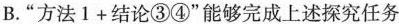
B. “方法$$1 + 结论③④$$”能够完成上述探究任务